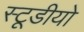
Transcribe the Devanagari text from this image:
स्टूडीयो